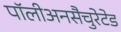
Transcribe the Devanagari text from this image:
पॉलीअनसैचुरेटेड